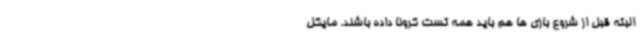
البته قبل از شروع بازی ها هم باید همه تست کرونا داده باشند. مایکل